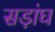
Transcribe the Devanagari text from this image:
सड़ांघ